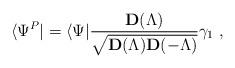
LaTeX: \begin{align*}\langle \Psi^P|=\langle\Psi|\frac{{\mathbf D}(\Lambda)}{\sqrt{{\mathbf D}(\Lambda){\mathbf D}(-\Lambda)}} \gamma_1 \;,\end{align*}